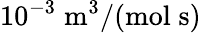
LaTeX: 10^{-3}\; \mathrm{m}^{3}/(\mathrm{mol}\; \mathrm{s})